Annual administration report of the Civil Veterinary Department of India - 1894-1895
Year: 1894
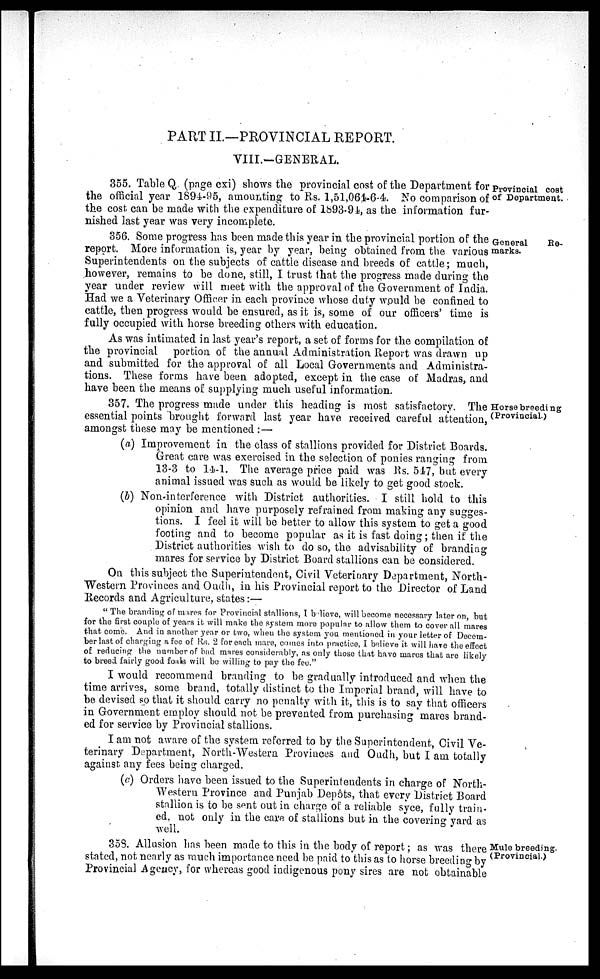
PART II.—PROVINCIAL REPORT.
VIII.—GENERAL.
Provincial cost
of Department.
355. Table Q. (page cxi) shows the provincial cost of the Department for
the official year 1894-95, amounting to Rs. 1,51,064-6-4. No comparison of
the cost can be made with the expenditure of 1893-94, as the information fur-
nished last year was very incomplete.
General
Re-
marks.
356. Some progress has been made this year in the provincial portion of the
report. More information is, year by year, being obtained from the various
Superintendents on the subjects of cattle disease and breeds of cattle; much,
however, remains to be clone, still, I trust that the progress made during the
year under review will meet with the approval of the Government of India.
Had we a Veterinary Officer in each province whose duty would be confined to
cattle, then progress would be ensured, as it is, some of our officers' time is
fully occupied with horse breeding others with education.
As was intimated in last year's report, a set of forms for the compilation of
the provincial portion of the annual Administration Report was drawn up
and submitted for the approval of all Local Governments and Administra-
tions. These forms have been adopted, except in the case of Madras, and
have been the means of supplying much useful information.
Horse breeding
(Provincial.)
357. The progress made under this heading is most satisfactory. The
essential points brought forward last year have received careful attention,
amongst these may be mentioned : —
(a) Improvement in the class of stallions provided for District Boards.
Great care was exercised in the selection of ponies ranging from
13-3 to 14-1. The average price paid was Rs. 547, but every
animal issued was such as would be likely to get good stock.
(b) Non-interference with District authorities. I still hold to this
opinion and have purposely refrained from making any sugges-
tions. I feel it will be better to allow this system to get a good
footing and to become popular as it is fast doing; then if the
District authorities wish to do so, the advisability of branding
mares for service by District Board stallions can be considered.
On this subject the Superintendent, Civil Veterinary Department, North-
Western Provinces and Oudh, in his Provincial report to the Director of Land
Records and Agriculture, states:—
" The branding of mares for Provincial stallions, I believe, will become necessary later on, but
for the first couple of years it will make the system more popular to allow them to cover all mares
that come. And in another year or two, when the system you mentioned in your letter of Decem-
ber last of charging a fee of Rs. 2 for each mare, comes into practice, I believe it will have the effect
of reducing the number of bad mares considerably, as only those that have mares that are likely
to breed fairly good foals will be willing to pay the fee."
I would recommend branding to be gradually introduced and when the
time arrives, some brand, totally distinct to the Imperial brand, will have to
be devised so that it should carry no penalty with it, this is to say that officers
in Government employ should not be prevented from purchasing mares brand-
ed for service by Provincial stallions.
I am not aware of the system referred to by the Superintendent, Civil Ve-
terinary Department, North-Western Provinces and Oudh, but I am totally
against any fees being charged.
(c) Orders have been issued to the Superintendents in charge of North-
Western Province and Punjab Depôts, that every District Board
stallion is to be sent out in charge of a reliable syce, fully train
ed, not only in the care of stallions but in the covering yard as
well.
Mule breeding.
(Provincial.)
358. Allusion has been made to this in the body of report; as was there
stated, not nearly as much importance need be paid to this as to horse breeding by
Provincial Agency, for whereas good indigenous pony sires are not obtainable